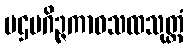
ပဌမဂိဉ္ဇကာဝသထသုတ္တံ